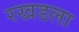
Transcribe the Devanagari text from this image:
रखडला